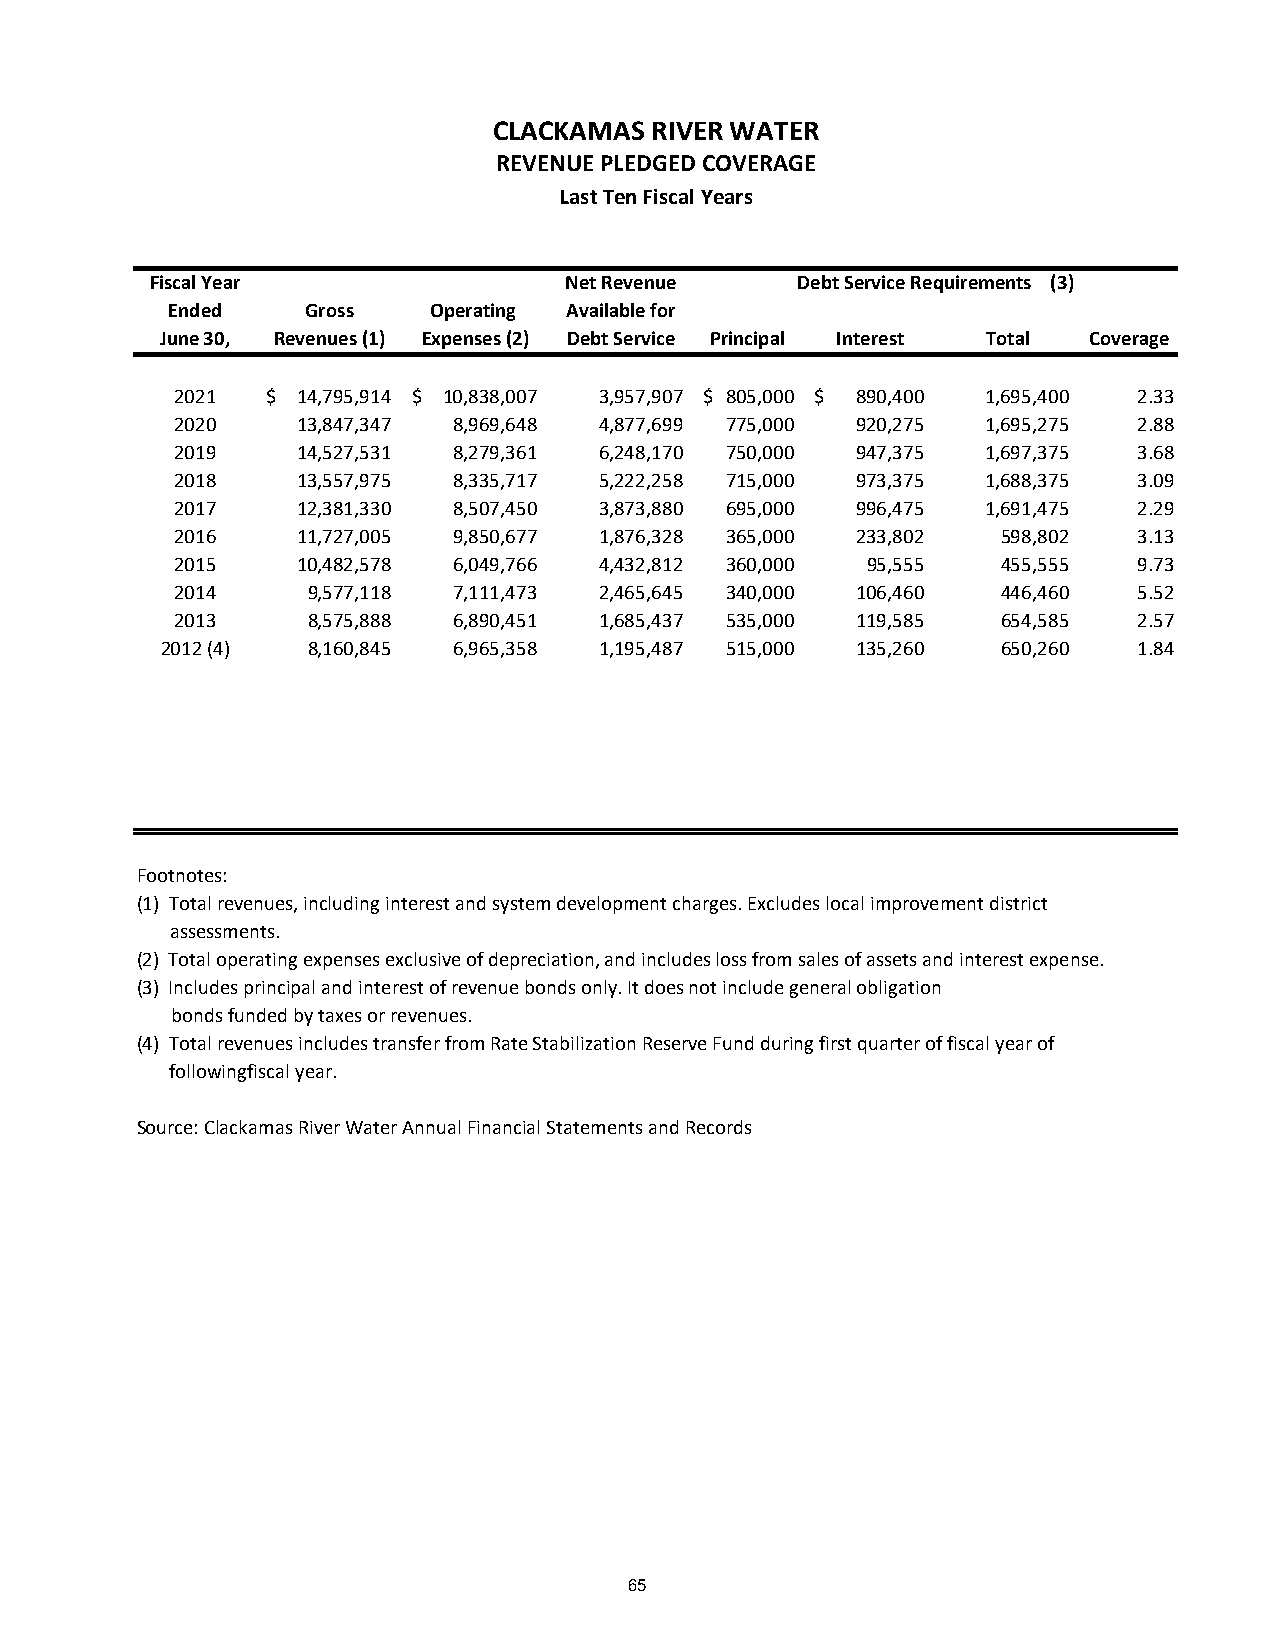
CLACKAMAS RIVER WATER
 REVENUE PLEDGED COVERAGE
 Last Ten Fiscal Years
 Fiscal Year                Net Revenue     Debt Service Requirements (3)
 Ended    Gross   Operating Available for
 June 30, Revenues (1) Expenses (2) Debt Service Principal Interest Total Coverage
 2021  $ 14,795,914 $ 10,838,007 3,957,907 $ 805,000 $ 890,400 1,695,400 2.33
 2020    13,847,347 8,969,648 4,877,699 7 75,000 9 20,275 1,695,275 2.88
 2019    14,527,531 8,279,361 6,248,170 7 50,000 9 47,375 1,697,375 3.68
 2018    13,557,975 8,335,717 5,222,258 7 15,000 9 73,375 1,688,375 3.09
 2017    12,381,330 8,507,450 3,873,880 6 95,000 9 96,475 1,691,475 2.29
 2016    11,727,005 9,850,677 1,876,328 3 65,000 2 33,802 5 98,802 3.13
 2015    10,482,578 6,049,766 4,432,812 3 60,000 95,555 4 55,555 9.73
 2014    9,577,118 7,111,473 2,465,645 3 40,000 1 06,460 4 46,460 5.52
 2013    8,575,888 6,890,451 1,685,437 5 35,000 1 19,585 6 54,585 2.57
 2012 (4) 8,160,845 6,965,358 1,195,487 5 15,000 1 35,260 6 50,260 1.84
 Footnotes:
 (1) Total revenues, including interest and system development charges. Excludes local improvement district
 assessments.
 (2) Total operating expenses exclusive of depreciation, and includes loss from sales of assets and interest expense.
 (3) Includes principal and interest of revenue bonds only. It does not include general obligation
 bonds funded by taxes or revenues.
 (4) Total revenues includes transfer from Rate Stabilization Reserve Fund during first quarter of fiscal year of
 followingfiscal year.
 Source: Clackamas River Water Annual Financial Statements and Records
 65